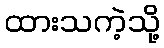
ထားသကဲ့သို့